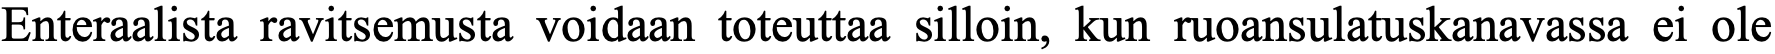
Enteraalista ravitsemusta voidaan toteuttaa silloin, kun ruoansulatuskanavassa ei ole